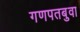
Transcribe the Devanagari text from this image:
गणपतबुवा